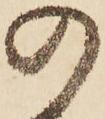
の